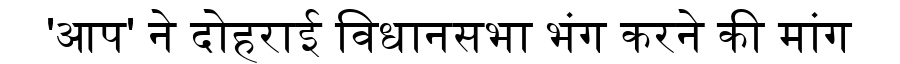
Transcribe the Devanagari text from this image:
'आप' ने दोहराई विधानसभा भंग करने की मांग